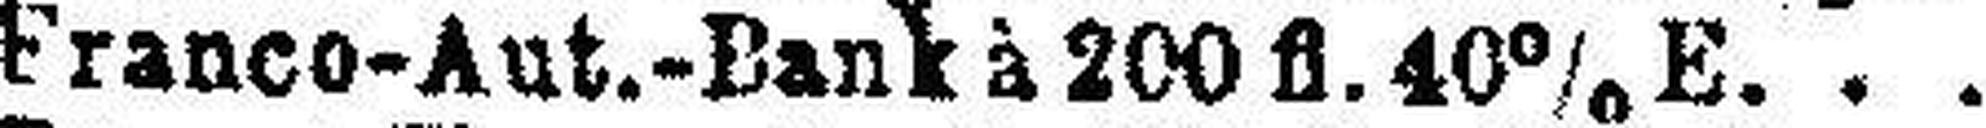
Franco-Aut.-Bank à 200 fl. 40% E.